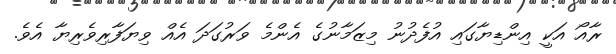
ރާއޯ އަކީ އިންޑިޔާގައި އުފެދުނު މިޒަމާނުގެ އެންމެ ވަރުގަދަ އެއް ވިޔަފާރިވެރިޔާ އެވެ.